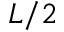
L / 2